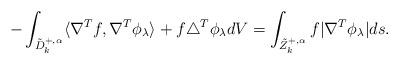
LaTeX: \begin{align*}-\int_{\tilde{D}_k^{+,\alpha}}\langle\nabla^T f,\nabla^T\phi_\lambda\rangle+f\triangle^T\phi_\lambda dV=\int_{\tilde{Z}_k^{+,\alpha}} f|\nabla^T\phi_\lambda|ds.\end{align*}